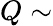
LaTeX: Q\sim